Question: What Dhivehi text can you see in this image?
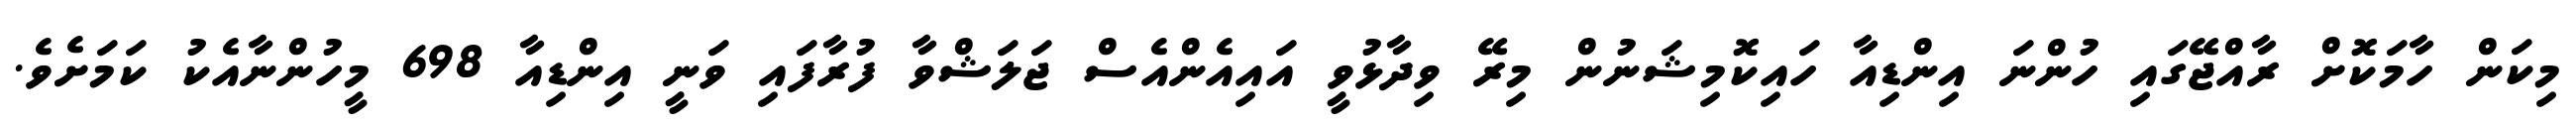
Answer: މިކަން ހާމަކޮށް ރާއްޖޭގައި ހުންނަ އިންޑިއާ ހައިކޮމިޝަނުން މިރޭ ވިދާޅުވީ އައިއެންއެސް ޖަލަޝްވާ ފުރާފައި ވަނީ އިންޑިއާ 698 މީހުންނާއެކު ކަމަށެވެ.